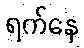
ရက်နေ